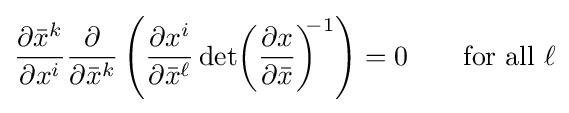
{\frac {\partial {\bar {x}}^{k}}{\partial x^{i}}}{\frac {\partial }{\partial {\bar {x}}^{k}}}\left({\frac {\partial x^{i}}{\partial {\bar {x}}^{\ell }}}\det \!\left({\frac {\partial x}{\partial {\bar {x}}}}\right)^{\!\!\!-1}\right)=0\qquad {\text{for all }}\ell